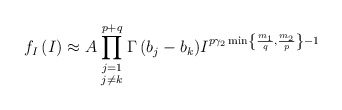
\begin{align*}{{f}_{I}}\left( I \right)\approx A \prod\limits_{\begin{smallmatrix} j=1 \\ j\ne k\end{smallmatrix}}^{p+q}{\Gamma \left( {{b}_{j}}-{{b}_{k}} \right)}{{I}^{p{{\gamma }_{2}}\min \left\{ \frac{{{m}_{1}}}{q},\frac{{{m}_{2}}}{p} \right\}-1}}\end{align*}